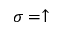
\sigma = \uparrow